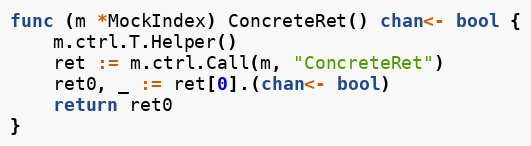
Language: Go
func (m *MockIndex) ConcreteRet() chan<- bool {
	m.ctrl.T.Helper()
	ret := m.ctrl.Call(m, "ConcreteRet")
	ret0, _ := ret[0].(chan<- bool)
	return ret0
}